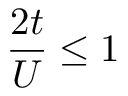
\frac { 2 t } { U } \le 1